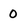
Character: 0